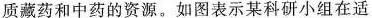
质藏药和中药的资源。如图表示某科研小组在适